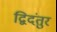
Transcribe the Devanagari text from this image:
द्विदंतुर